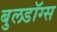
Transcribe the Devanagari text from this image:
बुलडॉग्‍स